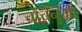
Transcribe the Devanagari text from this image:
चोंचनुमा